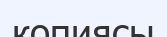
копиясы